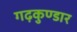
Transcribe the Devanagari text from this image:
गढ़कुण्डार